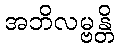
အဘိလမ္ဗန္တိ